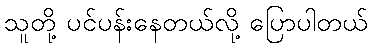
သူတို့ ပင်ပန်းနေတယ်လို့ ပြောပါတယ်